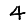
Digit: 4